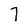
Character: 7